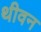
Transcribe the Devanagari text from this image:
थीवन